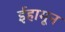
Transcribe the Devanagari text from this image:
ईहामून